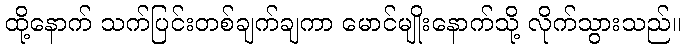
ထို့နောက် သက်ပြင်းတစ်ချက်ချကာ မောင်မျိုးနောက်သို့ လိုက်သွားသည်။